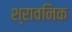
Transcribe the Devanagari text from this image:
श्रावनिक